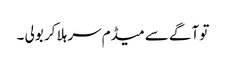
تو آگے سے میڈم سر ہلا کر بولی ۔